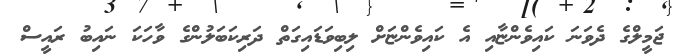
ޖަމީލްގެ ދެވަނަ ކައިވެންޏާއި އެ ކައިވެންޏަށް ލިބިވަޑައިގަތް ދަރިކަބަލުންގެ ވާހަކަ ނައިބު ރައީސް